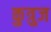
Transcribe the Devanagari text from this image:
कुत्रुज